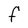
Character: F